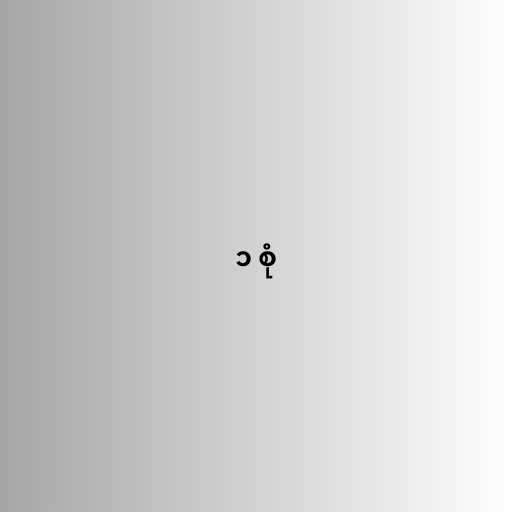
၁ စုံ